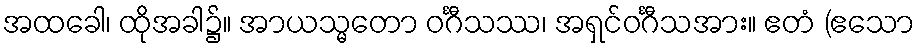
အထခေါ၊ ထိုအခါ၌။ အာယသ္မတော ဝင်္ဂီသဿ၊ အရှင်ဝင်္ဂီသအား။ ဧတံ (ဧသော